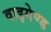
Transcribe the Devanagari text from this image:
वाइगेण्ड